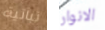
نباتية الانوار